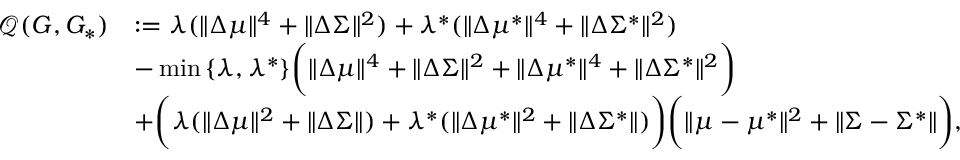
\begin{array} { r l } { \mathcal { Q } ( G , G _ { * } ) } & { : = \lambda ( \| \Delta \mu \| ^ { 4 } + \| \Delta \Sigma \| ^ { 2 } ) + \lambda ^ { * } ( \| \Delta \mu ^ { * } \| ^ { 4 } + \| \Delta \Sigma ^ { * } \| ^ { 2 } ) } \\ & { - \operatorname* { m i n } \left\{ \lambda , \lambda ^ { * } \right\} \biggr ( \| \Delta \mu \| ^ { 4 } + \| \Delta \Sigma \| ^ { 2 } + \| \Delta \mu ^ { * } \| ^ { 4 } + \| \Delta \Sigma ^ { * } \| ^ { 2 } \biggr ) } \\ & { + \biggr ( \lambda ( \| \Delta \mu \| ^ { 2 } + \| \Delta \Sigma \| ) + \lambda ^ { * } ( \| \Delta \mu ^ { * } \| ^ { 2 } + \| \Delta \Sigma ^ { * } \| ) \biggr ) \biggr ( \| \mu - \mu ^ { * } \| ^ { 2 } + \| \Sigma - \Sigma ^ { * } \| \biggr ) , } \end{array}